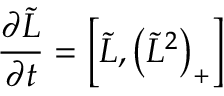
{ \frac { \partial \tilde { L } } { \partial t } } = \left[ \tilde { L } , \left( \tilde { L } ^ { 2 } \right) _ { + } \right]